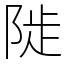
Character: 𨺗